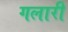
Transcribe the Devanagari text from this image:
गलारी